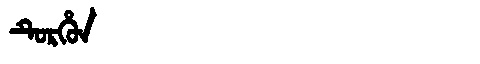
Manchu: ᡨᡠᡵᡥᡠᠨ
Romanization: TURHUN